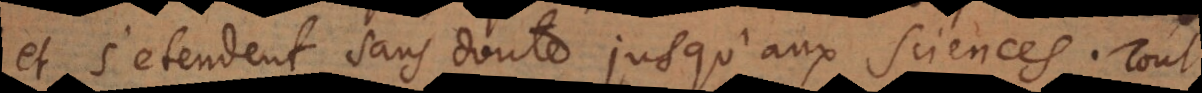
et s’etendent sans doute jusqu’aux sciences. Tout